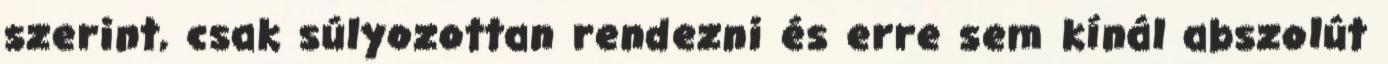
szerint, csak súlyozottan rendezni és erre sem kínál abszolút